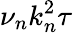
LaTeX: \nu_{n}k_{n}^{2}\tau